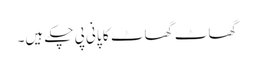
گھاٹ گھاٹ کا پانی پی چکے ہیں۔